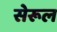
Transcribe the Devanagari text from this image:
सेरूल